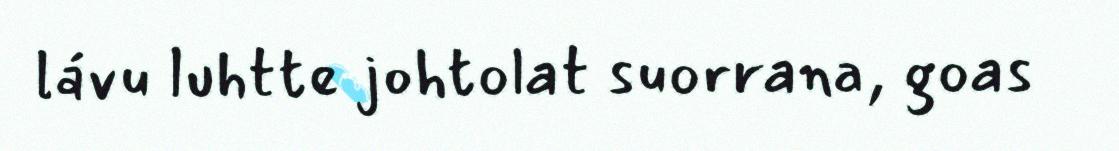
lávu luhtte johtolat suorrana, goas